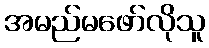
အမည်မဖော်လိုသူ